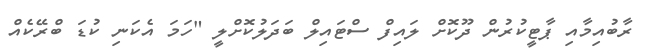
ރާބުއިމާއި ޕާޓީކުރުން ދޫކޮށް ލައިފް ސްޓައިލް ބަދަލުކޮށްލީ "ހަމަ އެކަނި ކުޑަ ބްރޭކެއް